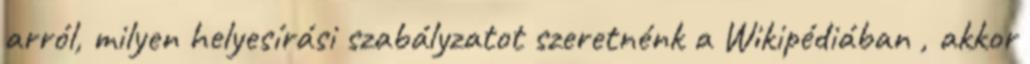
arról, milyen helyesírási szabályzatot szeretnénk a Wikipédiában , akkor